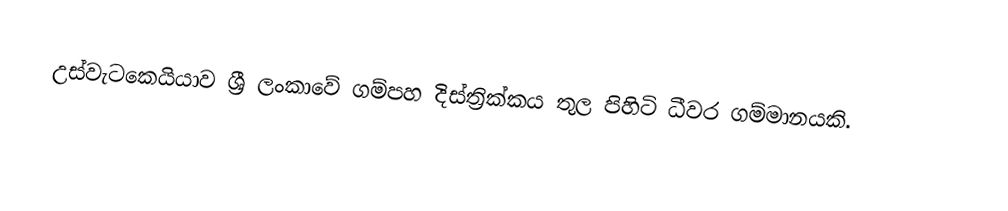
උස්වැටකෙයියාව ශ්‍රී ලංකාවේ ගම්පහ දිස්ත්‍රික්කය තුල පිහිටි ධීවර ගම්මානයකි.